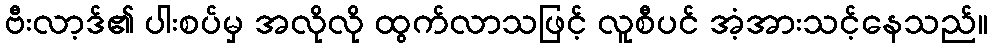
ဗီးလာ့ဒ်၏ ပါးစပ်မှ အလိုလို ထွက်လာသဖြင့် လူစီပင် အံ့အားသင့်နေသည်။